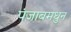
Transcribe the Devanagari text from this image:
पंजाबमधुन